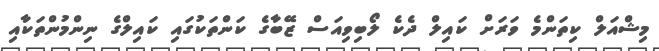
މިޝްއަލް ކިތަންމެ ވަރަށް ކައިލް ދެކެ ލޯބިވިއަސް ޒޭބާގެ ކަންތަކުގައި ކައިލްގެ ނިންމުންތަކާއި